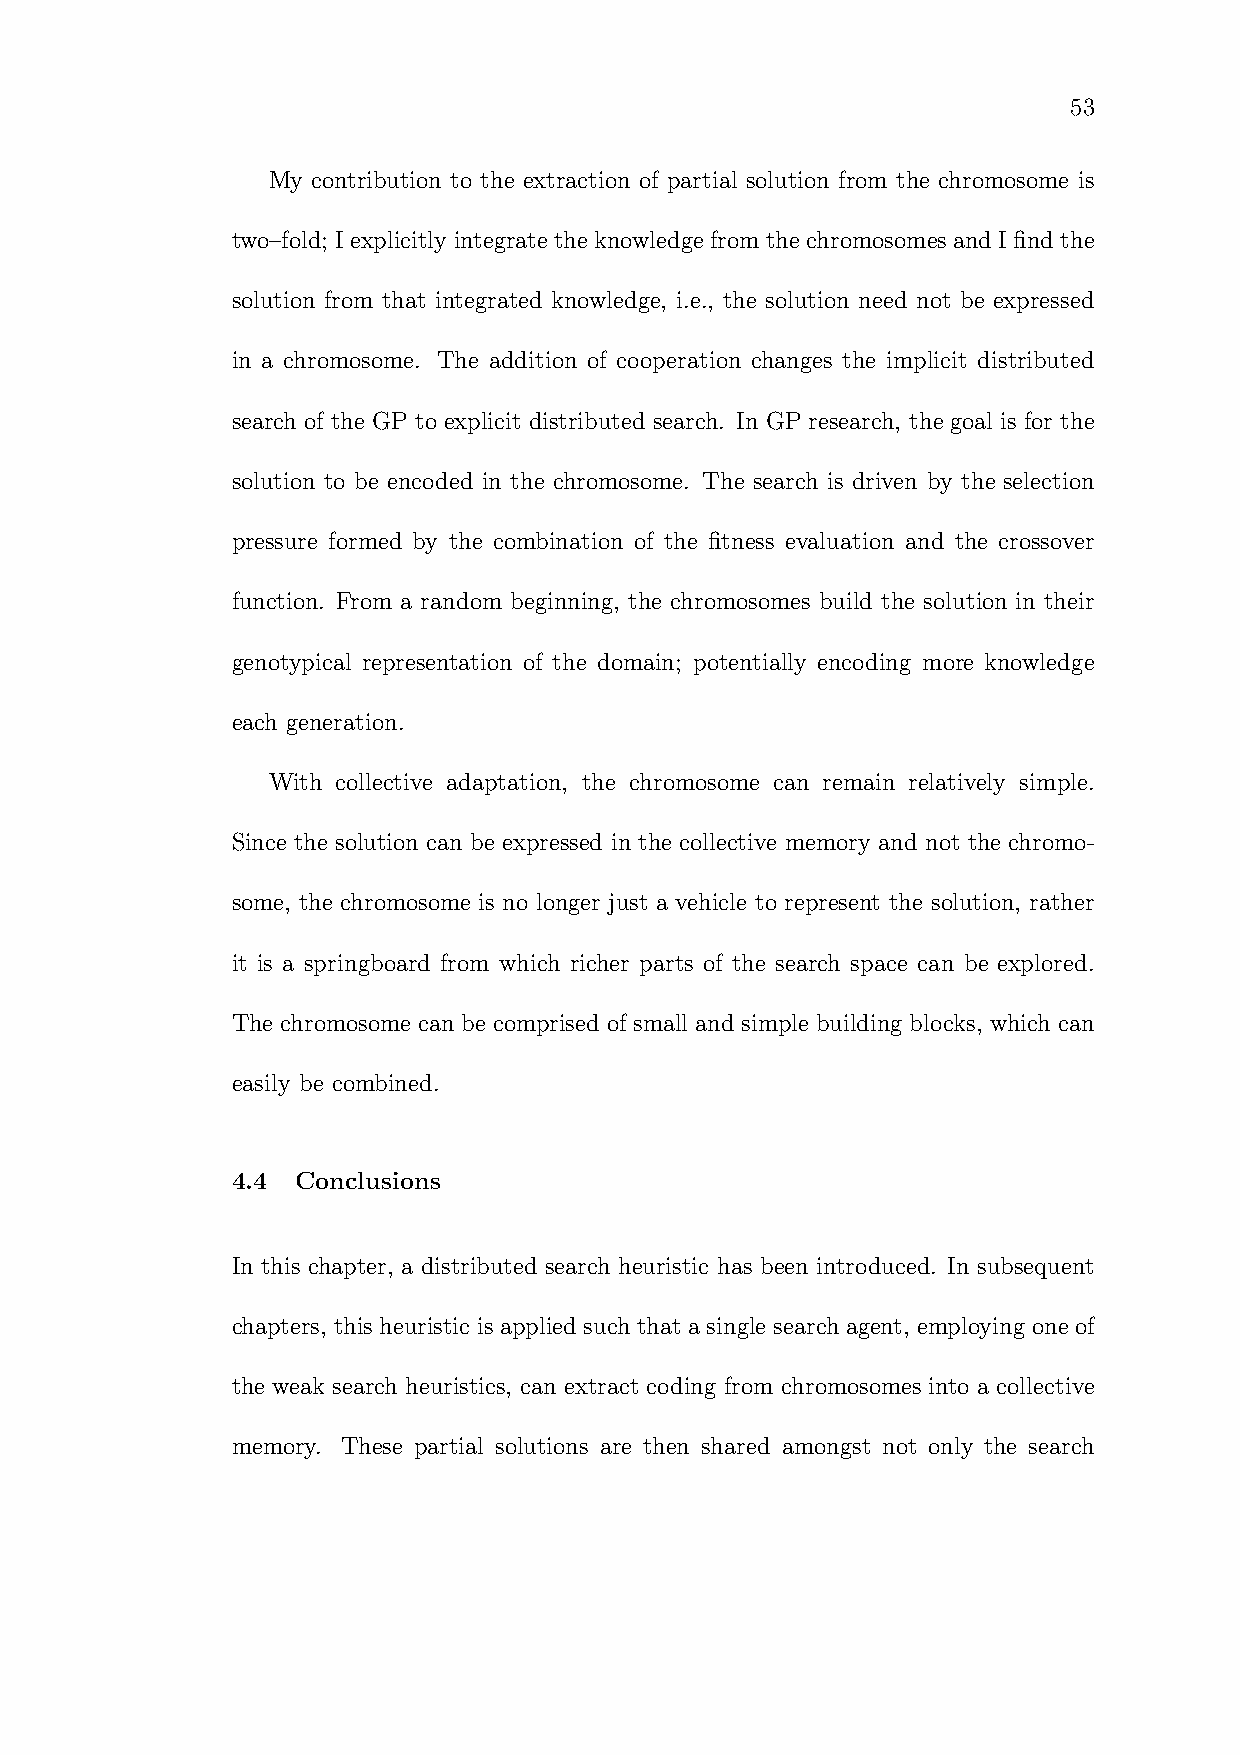
53
 My contribution to the extraction of partial solution from the chromosome is
 two–fold; Iexplicitly integratethe knowledge fromthechromosomes andIfindthe
 solution from that integrated knowledge, i.e., the solution need not be expressed
 in a chromosome. The addition of cooperation changes the implicit distributed
 search of the GP to explicit distributed search. In GP research, the goal is for the
 solution to be encoded in the chromosome. The search is driven by the selection
 pressure formed by the combination of the fitness evaluation and the crossover
 function. From a random beginning, the chromosomes build the solution in their
 genotypical representation of the domain; potentially encoding more knowledge
 each generation.
 With collective adaptation, the chromosome can remain relatively simple.
 Since the solution can be expressed in the collective memory and not the chromo-
 some, the chromosome is no longer just a vehicle to represent the solution, rather
 it is a springboard from which richer parts of the search space can be explored.
 The chromosome can be comprised of small and simple building blocks, which can
 easily be combined.
 4.4  Conclusions
 In this chapter, a distributed search heuristic has been introduced. In subsequent
 chapters, this heuristic is applied such that a single search agent, employing one of
 the weak search heuristics, can extract coding from chromosomes into a collective
 memory. These partial solutions are then shared amongst not only the search